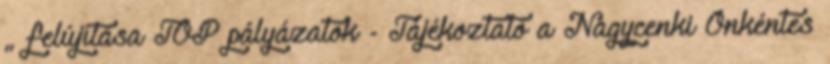
„ felújítása TOP pályázatok - Tájékoztató a Nagycenki Önkéntes